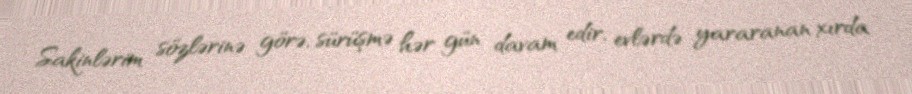
Sakinlərim sözlərinə görə, sürüşmə hər gün davam edir, evlərdə yararanan xırda